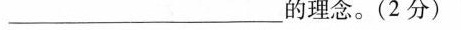
________________________的理念。(2分)